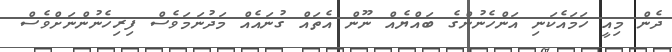
ދެން މިއީ ހަމައެކަނި އަންހެނުންގެ ބައްޔެއް ނޫން އެތައް ގުނައެއް މަދުނަމަވެސް ފިރިހެނުންނަށްވެސް